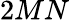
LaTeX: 2MN